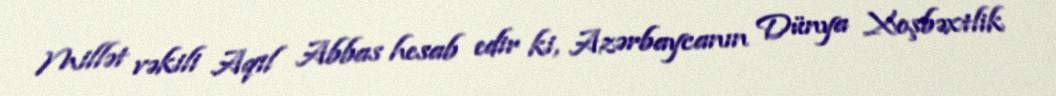
Millət vəkili Aqil Abbas hesab edir ki, Azərbaycanın Dünya Xoşbəxtlik